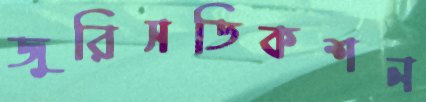
জুরিসডিকশন